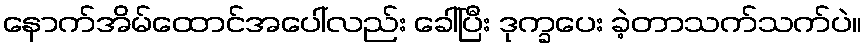
နောက်အိမ်ထောင်အပေါ်လည်း ခေါ်ပြီး ဒုက္ခပေး ခဲ့တာသက်သက်ပဲ။